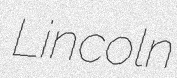
Lincoln